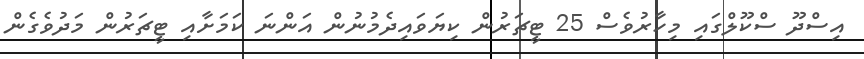
އިސްދޫ ސްކޫލްގައި މިހާރުވެސް 25 ޓީޗަރުން ކިޔަވައިދެމުނުން އަންނަ ކަމަށާއި ޓީޗަރުން މަދުވެގެން